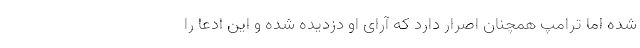
شده اما ترامپ همچنان اصرار دارد که آرای او دزدیده شده و این ادعا را